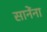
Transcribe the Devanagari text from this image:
सानेंना